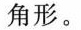
(1) 两条边相等的三角形是（ ）三